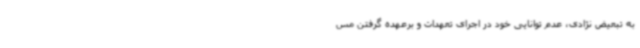
به تبعیض نژادی، عدم توانایی خود در اجرای تعهدات و برعهده گرفتن مس